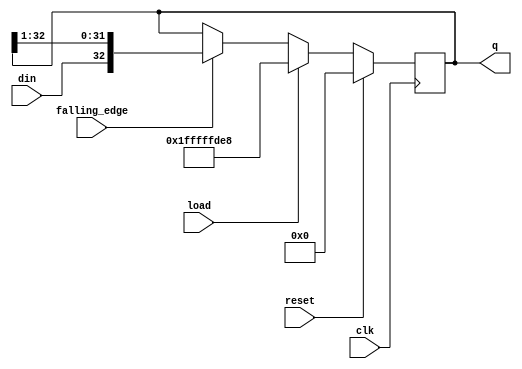
`timescale 1ns / 1ps
//////////////////////////////////////////////////////////////////////////////////
// Company: 
// Engineer: 
// 
// Design Name: 
// Module Name:    ps2_mouse_shiftreg 
// Project Name: 
// Target Devices: 
// Tool versions: 
// Description: 
//
// Dependencies: 
//
// Revision: 
// Revision 0.01 - File Created
// Additional Comments: 
//
//////////////////////////////////////////////////////////////////////////////////
module ps2_mouse_shiftreg(falling_edge,clk,reset,load,q,din);

input reset;
input falling_edge;
input clk;
input load;
input din;
output reg [32:0]q;

always@(posedge clk)begin 
	if (reset) q=33'b0;
	else begin
		if (load) q={23'h7fffff,1'b0,8'hf4,1'b0};
		else begin
			if (falling_edge) q={din,q[32:1]};
			else q=q;
			end
	end
end
endmodule